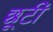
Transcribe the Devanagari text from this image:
छूटीं